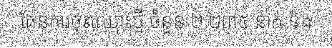
ផែនការចុះឈ្មោះថ្មី ចំនួន ២.២៣៥ នាក់ និង